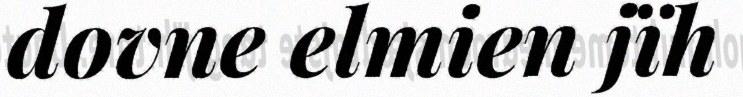
dovne elmien jïh